Indian journal of veterinary science and animal husbandry - Volumes 26-27, 1956-1957
Year: 1956
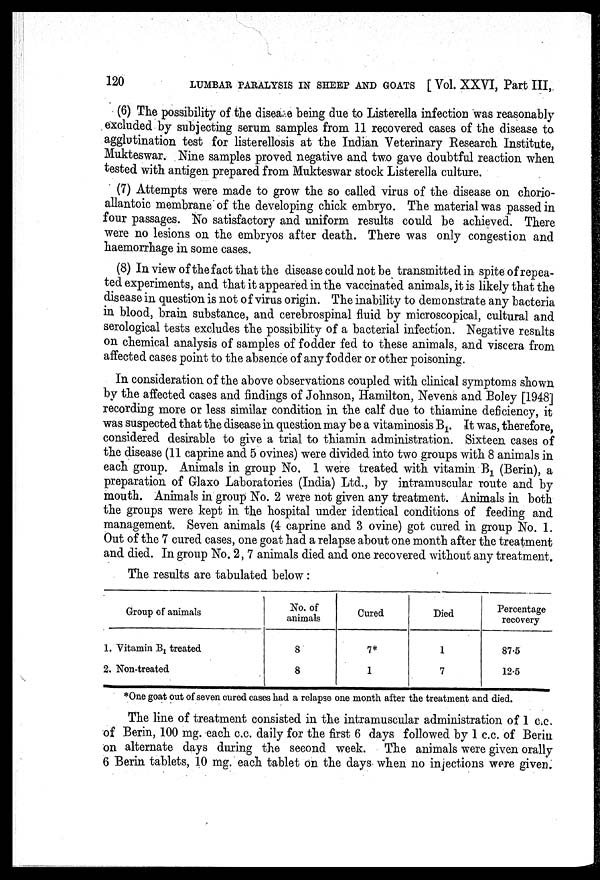
120
LUMBAR PARALYSIS IN SHEEP AND GOATS [ Vol. XXVI, Part III,
(6) The possibility of the disease being due to Listerella infection was reasonably
excluded by subjecting serum samples from 11 recovered cases of the disease to
agglutination test for listerellosis at the Indian Veterinary Research Institute,
Mukteswar. Nine samples proved negative and two gave doubtful reaction when
tested with antigen prepared from Mukteswar stock Listerella culture.
(7) Attempts were made to grow the so called virus of the disease on chorio-
allantoic membrane of the developing chick embryo. The material was passed in
four passages. No satisfactory and uniform results could be achieved. There
were no lesions on the embryos after death. There was only congestion and
haemorrhage in some cases.
(8) In view of the fact that the disease could not be transmitted in spite of repea-
ted experiments, and that it appeared in the vaccinated animals, it is likely that the
disease in question is not of virus origin. The inability to demonstrate any bacteria
in blood, brain substance, and cerebrospinal fluid by microscopical, cultural and
serological tests excludes the possibility of a bacterial infection. Negative results
on chemical analysis of samples of fodder fed to these animals, and viscera from
affected cases point to the absence of any fodder or other poisoning.
In consideration of the above observations coupled with clinical symptoms shown
by the affected cases and findings of Johnson, Hamilton, Nevens and Boley [1948]
recording more or less similar condition in the calf due to thiamine deficiency, it
was suspected that the disease in question may be a vitaminosis B 1 . It was, therefore,
considered desirable to give a trial to thiamin administration. Sixteen cases of
the disease (11 caprine and 5 ovines) were divided into two groups with 8 animals in
each group. Animals in group No. 1 were treated with vitamin B 1 (Berin), a
preparation of Glaxo Laboratories (India) Ltd., by intramuscular route and by
mouth. Animals in group No. 2 were not given any treatment. Animals in both
the groups were kept in the hospital under identical conditions of feeding and
management. Seven animals (4 caprine and 3 ovine) got cured in group No. 1.
Out of the 7 cured cases, one goat had a relapse about one month after the treatment
and died. In group No. 2, 7 animals died and one recovered without any treatment.
The results are tabulated below :
Group of animals
1. Vitamin B 1 treated
2. Non-treated
No. of
animals
8
8
Cured
7*
1
Died
1
7
Percentage
recovery
87.5
12.5
*One goat out of seven cured cases had a relapse one month after the treatment and died.
The line of treatment consisted in the intramuscular administration of 1 c.c.
of Berin, 100 mg. each c.c. daily for the first 6 days followed by 1 c.c. of Berin
on alternate days during the second week. The animals were given orally
6 Berin tablets, 10 mg. each tablet on the days when no injections were given.